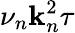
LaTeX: \nu_{n}\mathbf{k}_{n}^{2}\tau